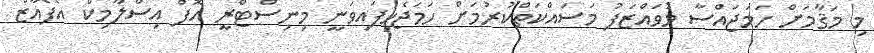
މި މަޤާމަށް ހަމަޖައްސާ މުވައްޒަފު މަސައްކަތްކުރުމަށް ހަމަޖެހިފައިވަނީ މިނިސްޓްރީ އޮފް އިސްލާމިކް އެފެއާޒް